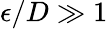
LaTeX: \epsilon/D\gg 1